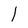
Character: l